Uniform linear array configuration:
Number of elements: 8
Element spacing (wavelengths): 0.25
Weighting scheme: cosine
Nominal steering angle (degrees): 15
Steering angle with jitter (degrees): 14.719
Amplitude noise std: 0.05
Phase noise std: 0.05

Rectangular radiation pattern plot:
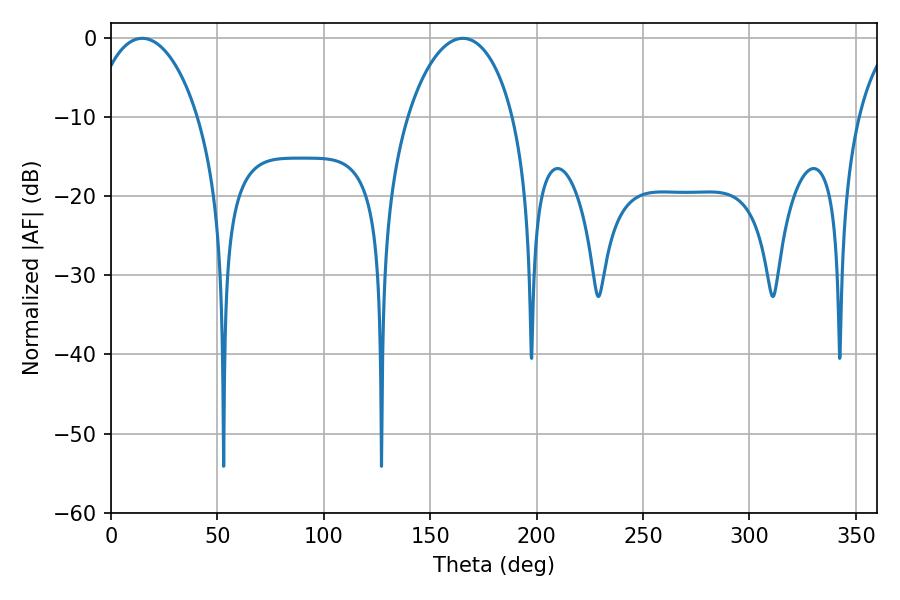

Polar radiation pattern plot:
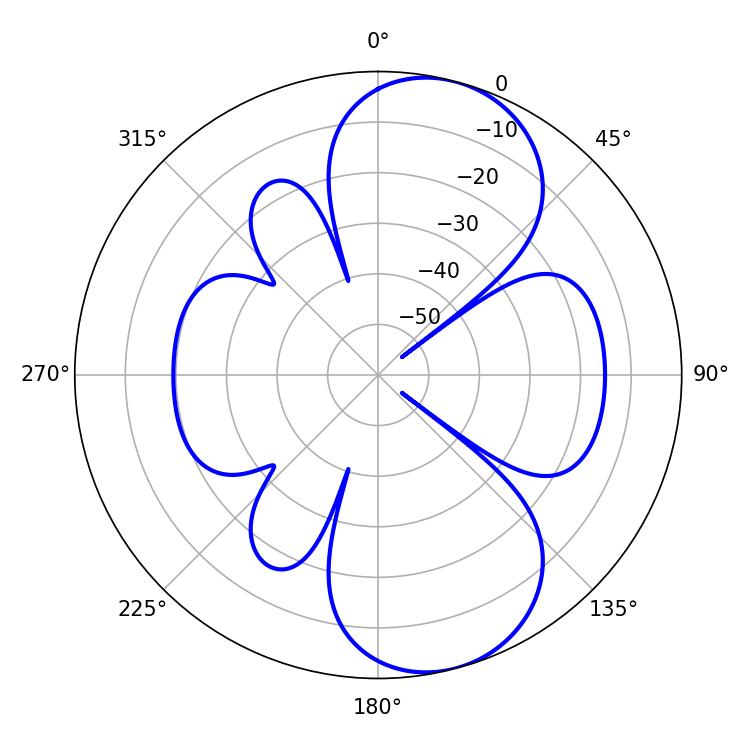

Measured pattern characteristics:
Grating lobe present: FALSE
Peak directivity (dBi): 8.563
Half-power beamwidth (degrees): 28.44
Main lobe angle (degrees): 14.76